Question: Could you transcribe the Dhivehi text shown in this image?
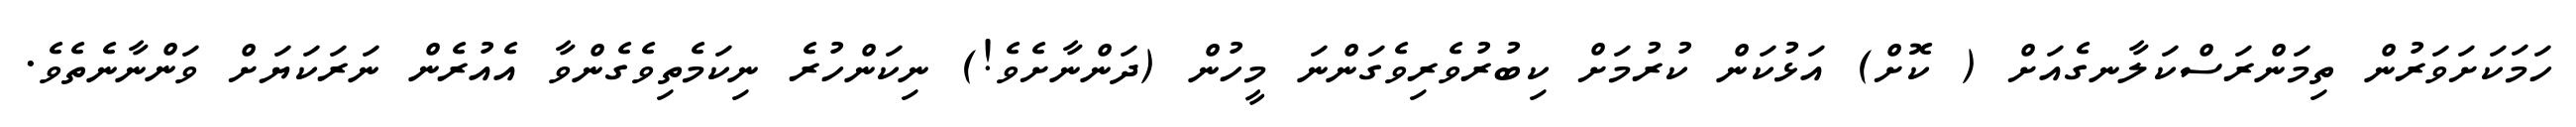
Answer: ހަމަކަށަވަރުން ތިމަންރަސްކަލާނގެއަށް ( ކޮށް) އަޅުކަން ކުރުމަށް ކިބުރުވެރިވެގަންނަ މީހުން (ދަންނާށެވެ!) ނިކަންހުރެ ނިކަމެތިވެގެންވާ އެއުރެން ނަރަކަޔަށް ވަންނާނެތެވެ.